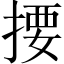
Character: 𢰳